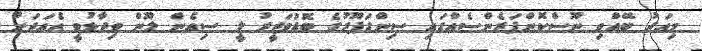
މިއަދު ބޭއްވި ނޫސްކޮންފަރެންސެއްގައި ސިންގަޕޫރުގެ ބޮޑުވަޒީރު ލީ ސިއެން ލޫން ވިދާޅުވީ އެެއަދަށް